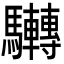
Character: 𩧜